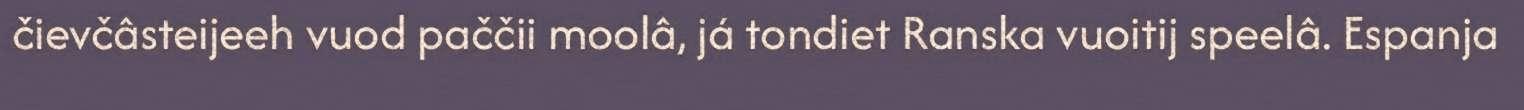
čievčâsteijeeh vuod paččii moolâ, já tondiet Ranska vuoitij speelâ. Espanja